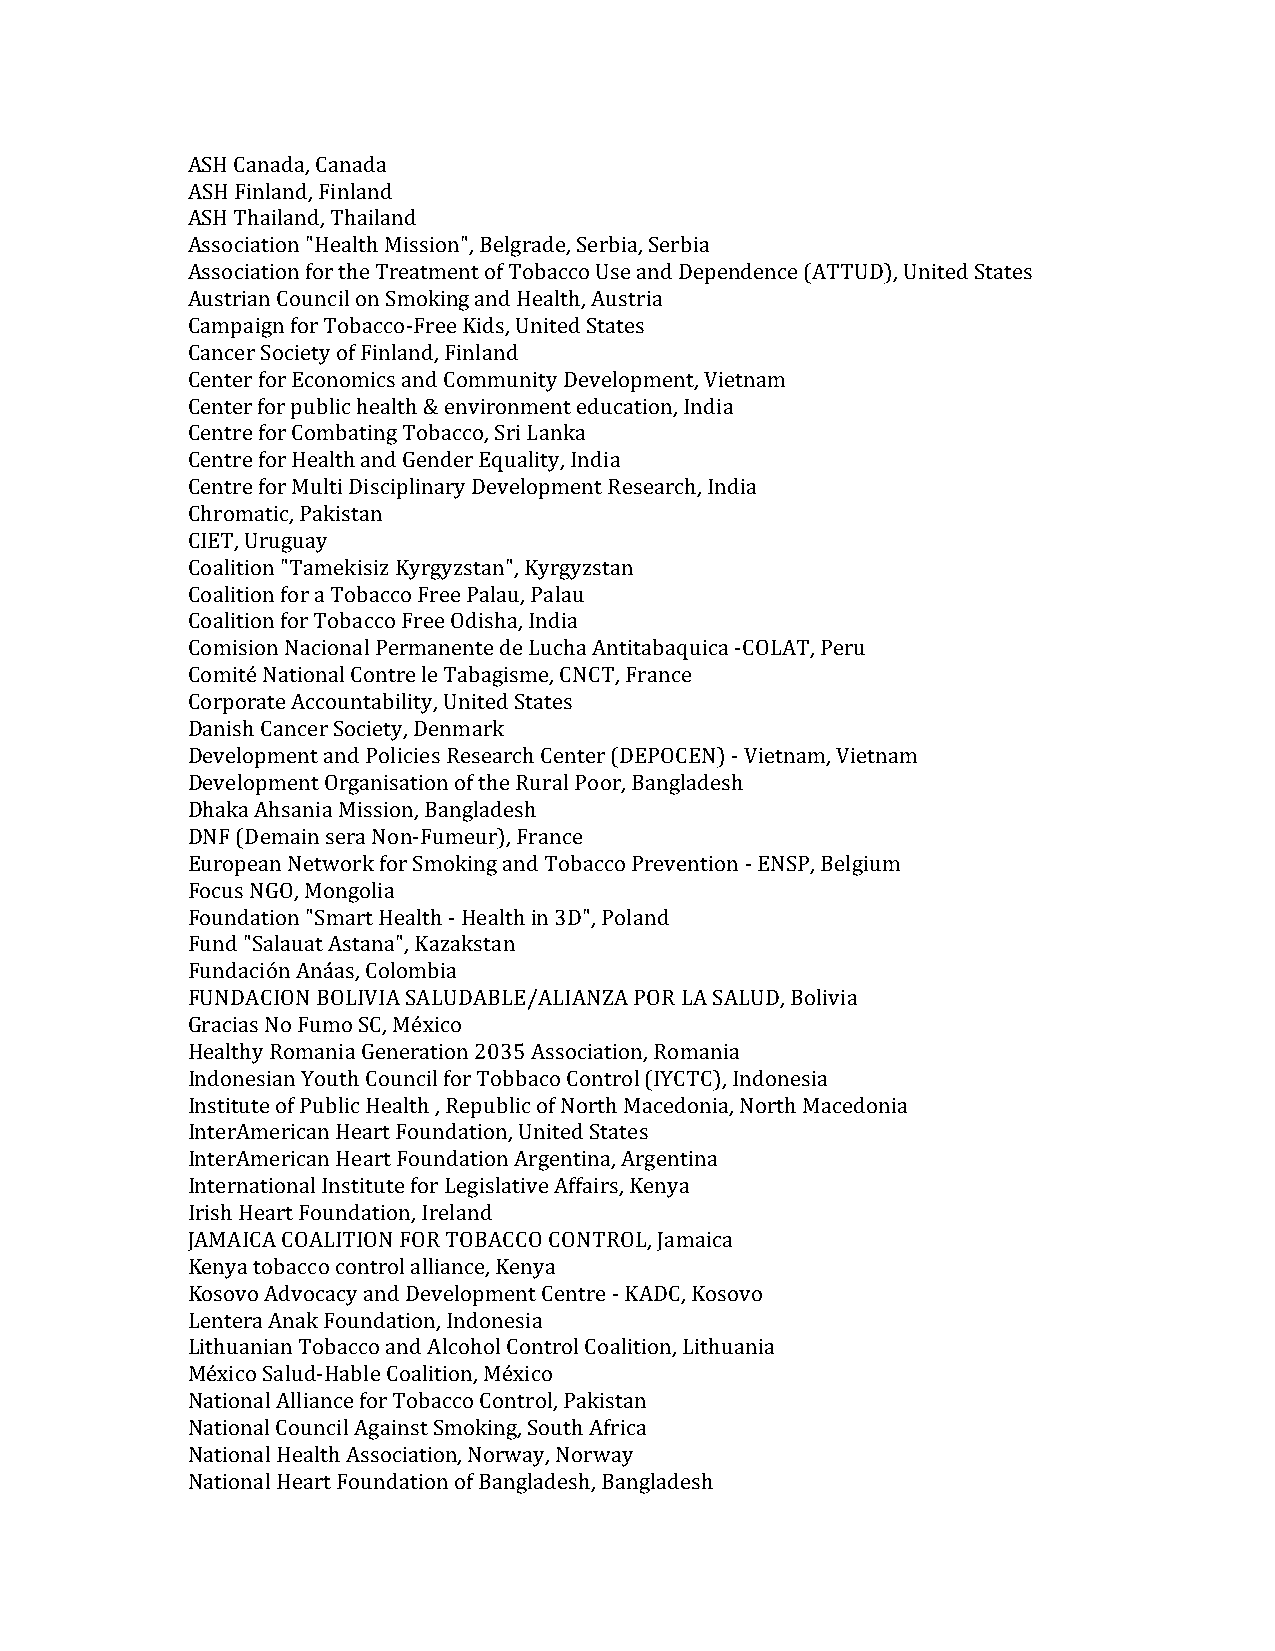
ASH Canada, Canada
 ASH Finland, Finland
 ASH Thailand, Thailand
 Association "Health Mission", Belgrade, Serbia, Serbia
 Association for the Treatment of Tobacco Use and Dependence (ATTUD), United States
 Austrian Council on Smoking and Health, Austria
 Campaign for Tobacco-Free Kids, United States
 Cancer Society of Finland, Finland
 Center for Economics and Community Development, Vietnam
 Center for public health & environment education, India
 Centre for Combating Tobacco, Sri Lanka
 Centre for Health and Gender Equality, India
 Centre for Multi Disciplinary Development Research, India
 Chromatic, Pakistan
 CIET, Uruguay
 Coalition "Tamekisiz Kyrgyzstan", Kyrgyzstan
 Coalition for a Tobacco Free Palau, Palau
 Coalition for Tobacco Free Odisha, India
 Comision Nacional Permanente de Lucha Antitabaquica -COLAT, Peru
 Comité National Contre le Tabagisme, CNCT, France
 Corporate Accountability, United States
 Danish Cancer Society, Denmark
 Development and Policies Research Center (DEPOCEN) - Vietnam, Vietnam
 Development Organisation of the Rural Poor, Bangladesh
 Dhaka Ahsania Mission, Bangladesh
 DNF (Demain sera Non-Fumeur), France
 European Network for Smoking and Tobacco Prevention - ENSP, Belgium
 Focus NGO, Mongolia
 Foundation "Smart Health - Health in 3D", Poland
 Fund "Salauat Astana", Kazakstan
 Fundación Anáas, Colombia
 FUNDACION BOLIVIA SALUDABLE/ALIANZA POR LA SALUD, Bolivia
 Gracias No Fumo SC, México
 Healthy Romania Generation 2035 Association, Romania
 Indonesian Youth Council for Tobbaco Control (IYCTC), Indonesia
 Institute of Public Health , Republic of North Macedonia, North Macedonia
 InterAmerican Heart Foundation, United States
 InterAmerican Heart Foundation Argentina, Argentina
 International Institute for Legislative Affairs, Kenya
 Irish Heart Foundation, Ireland
 JAMAICA COALITION FOR TOBACCO CONTROL, Jamaica
 Kenya tobacco control alliance, Kenya
 Kosovo Advocacy and Development Centre - KADC, Kosovo
 Lentera Anak Foundation, Indonesia
 Lithuanian Tobacco and Alcohol Control Coalition, Lithuania
 México Salud-Hable Coalition, México
 National Alliance for Tobacco Control, Pakistan
 National Council Against Smoking, South Africa
 National Health Association, Norway, Norway
 National Heart Foundation of Bangladesh, Bangladesh